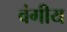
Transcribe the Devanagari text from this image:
वंगीय